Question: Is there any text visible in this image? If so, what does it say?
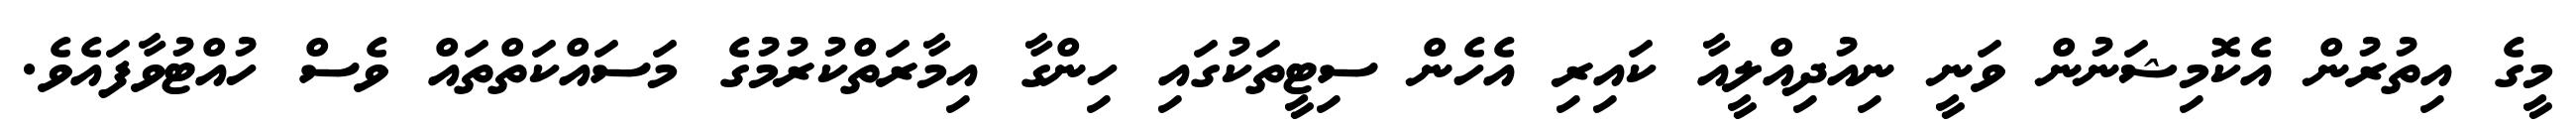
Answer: މީގެ އިތުރުން އެކޮމިޝަނުން ވަނީ ނިއުދިއްލީއާ ކައިރި އެހެން ސިޓީތަކުގައި ހިންގާ އިމާރަތްކުރުމުގެ މަސައްކަތްތައް ވެސް ހުއްޓުވާފައެވެ.